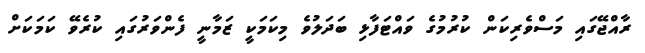
ރާއްޖޭގައި މަސްވެރިކަން ކުރުމުގެ ވައްޓަފާޅި ބަދަލުވެ މިކަމަކީ ޒަމާނީ ފެންވަރުގައި ކުރެވޭ ކަމަކަށް